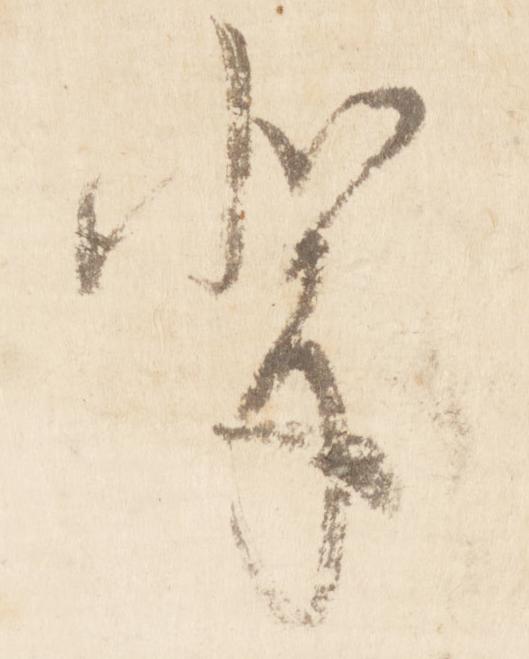
輩